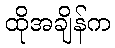
ထိုအချိန်က